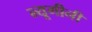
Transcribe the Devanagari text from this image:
न्यूगीनी